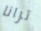
ترانا